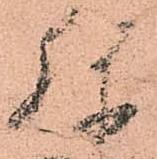
弥